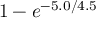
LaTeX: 1 - e ^ { - 5 . 0 / 4 . 5 }